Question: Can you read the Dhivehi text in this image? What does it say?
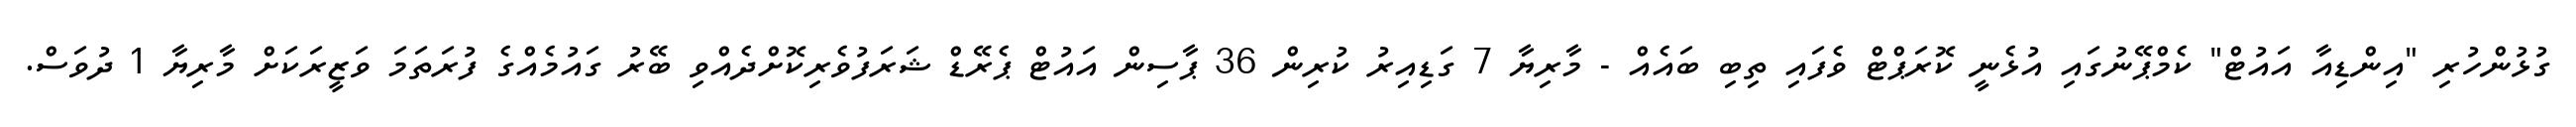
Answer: ގުޅުންހުރި "އިންޑިއާ އައުޓް" ކެމްޕޭނުގައި އުޅެނީ ކޮރަޕްޓް ވެފައި ތިބި ބައެއް - މާރިޔާ 7 ގަޑިއިރު ކުރިން 36 ޕާސިން އައުޓް ޕެރޭޑް ޝަރަފުވެރިކޮށްދެއްވި ބޭރު ގައުމެއްގެ ފުރަތަމަ ވަޒީރަކަށް މާރިޔާ 1 ދުވަސް.